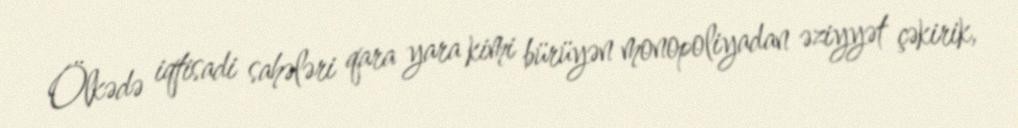
Ölkədə iqtisadi sahələri qara yara kimi bürüyən monopoliyadan əziyyət çəkirik,